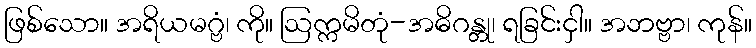
ဖြစ်သော။ အရိယမဂ္ဗံ၊ ကို။ ဩက္ကမိတုံ-အဓိဂန္တု၊ ရခြင်းငှါ။ အဘဗ္ဗာ၊ ကုန်။